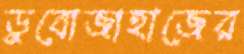
ডুবোজাহাজের